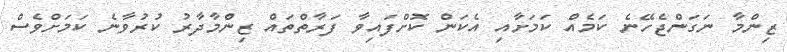
ޒިންމާ ނަގަންޖެހޭނެ ކަމެއް ކަމަށާއި އެކަން ކޮށްފައިވާ ފަރާތްތައް ޒިންމާދާރު ކުރުވާނެ ކަމަށްވެސް